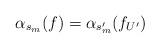
LaTeX: \begin{align*} \alpha_{s_m} (f) = \alpha_{s'_m} (f_{U'}) \end{align*}